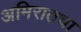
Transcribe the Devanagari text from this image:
अमिरातचा